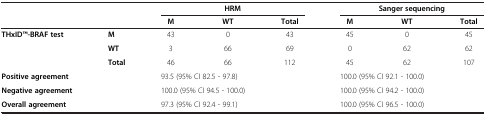
|  |  | <COLSPAN=3> HRM | <COLSPAN=3> Sanger sequencing |
 |  |  | M | WT | Total | M | WT | Total |
 | --- | --- | --- | --- | --- | --- | --- | --- |
 | THxIDTM-BRAF test | M | 43 | 0 | 43 | 45 | 0 | 45 |
 |  | WT | 3 | 66 | 69 | 0 | 62 | 62 |
 |  | Total | 46 | 66 | 112 | 45 | 62 | 107 |
 | Positive agreement |  | <COLSPAN=3> 93.5 (95% CI 82.5 - 97.8) | <COLSPAN=3> 100.0 (95% CI 92.1 - 100.0) |
 | Negative agreement |  | <COLSPAN=3> 100.0 (95% CI 94.5 - 100.0) | <COLSPAN=3> 100.0 (95% CI 94.2 - 100.0) |
 | Overall agreement |  | <COLSPAN=3> 97.3 (95% CI 92.4 - 99.1) | <COLSPAN=3> 100.0 (95% CI 96.5 - 100.0) |